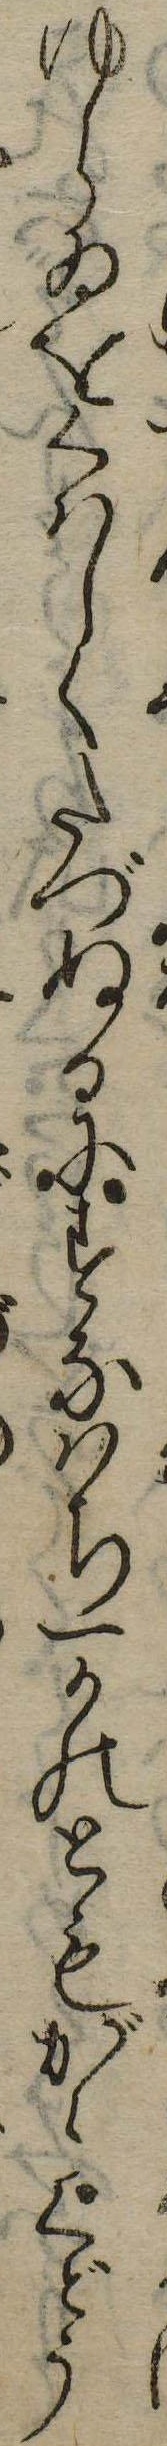
ゆらゐをくはしくたづぬるにすなはち一かのともがらくどう